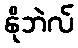
နိုဘဲလ်